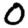
Digit: 0